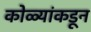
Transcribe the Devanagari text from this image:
कोळ्यांकडून